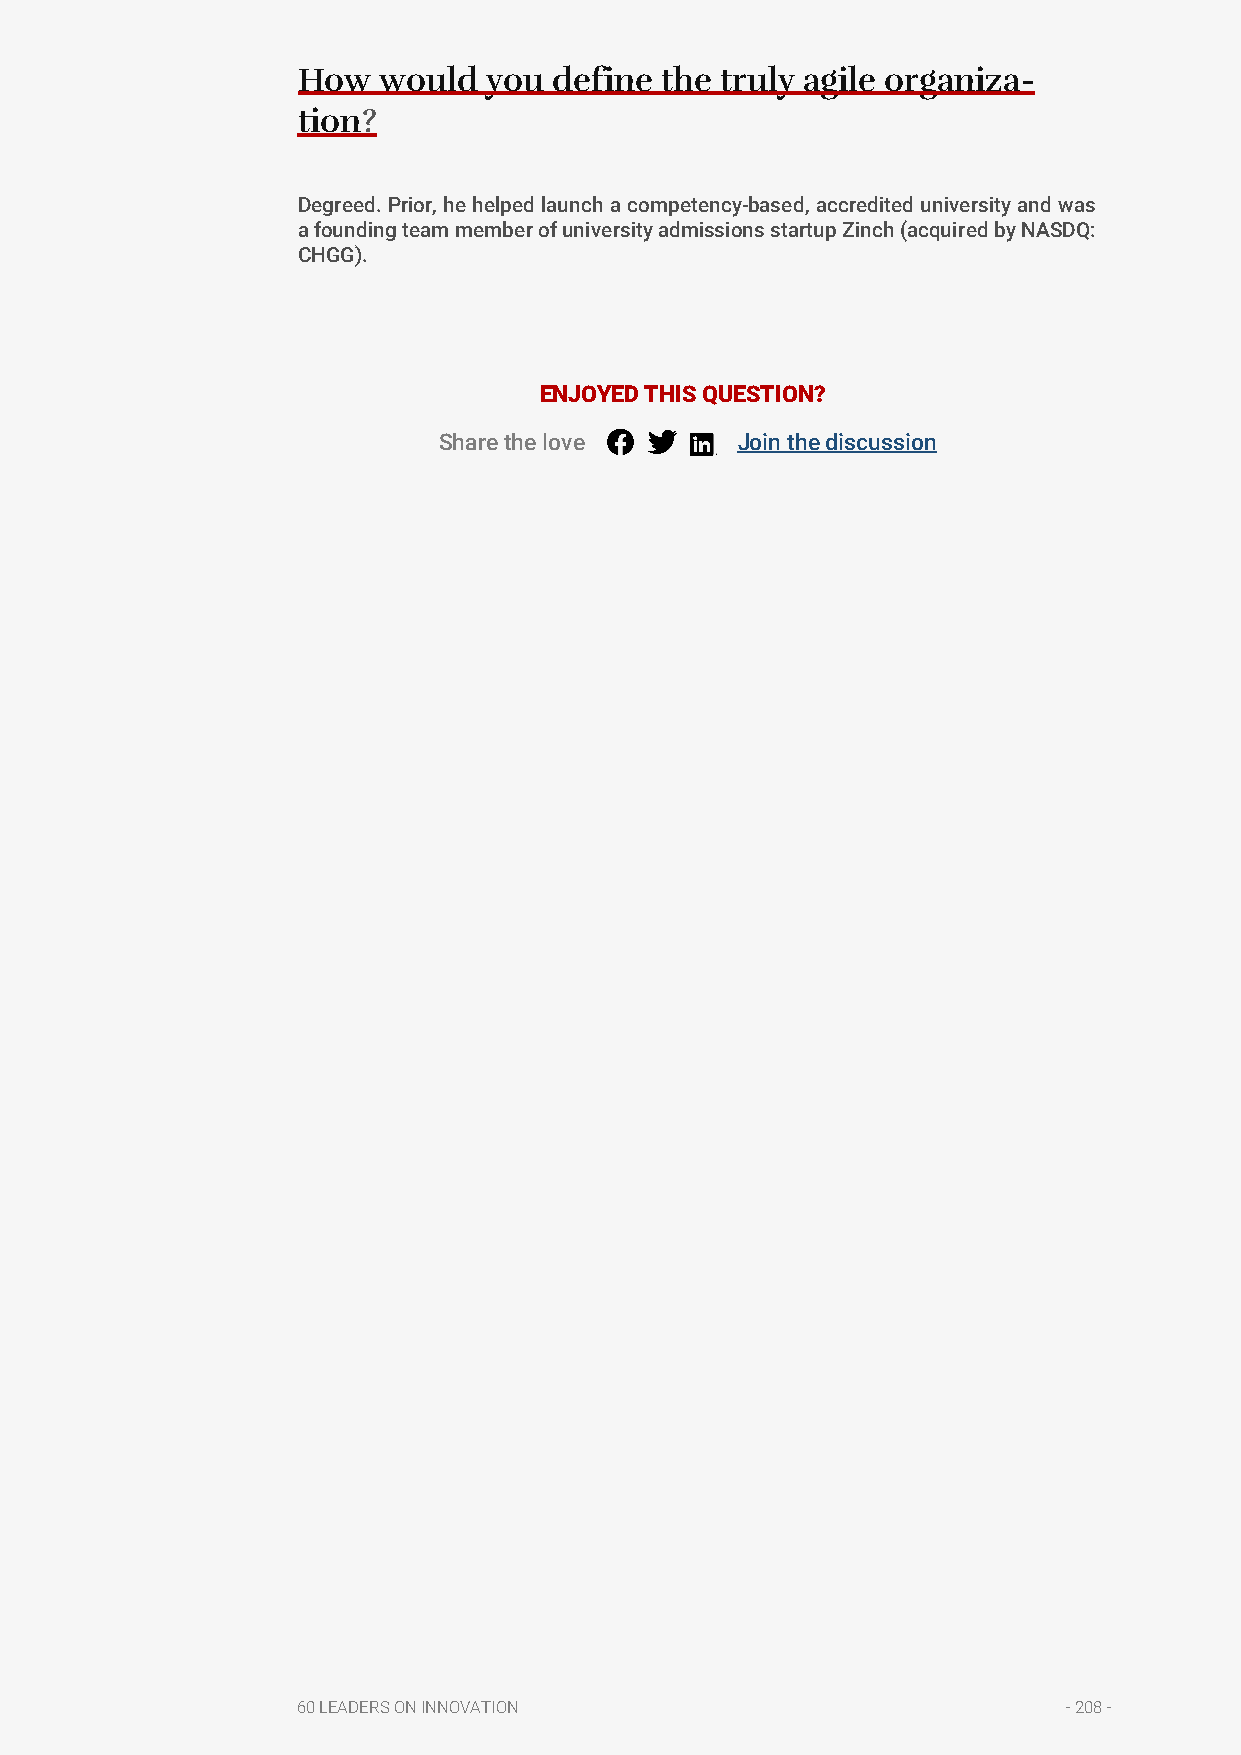
How  would  you  define the truly agile organiza-
 tion?
 Degreed. Prior, he helped launch a competency-based, accredited university and was
 a founding team member of university admissions startup Zinch (acquired by NASDQ:
 CHGG).
 ENJOYED THIS QUESTION?
 Share the love      Join the discussion
 60 LEADERS ON INNOVATION                           - 208 -